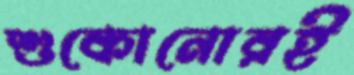
শুকোনোরই